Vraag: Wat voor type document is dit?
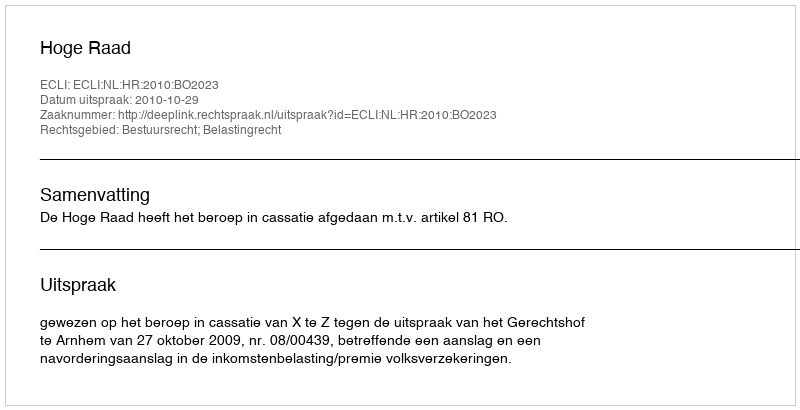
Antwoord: Uitspraak